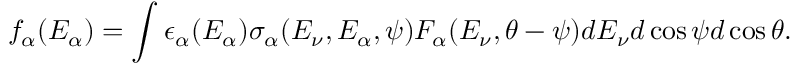
f _ { \alpha } ( E _ { \alpha } ) = \int \epsilon _ { \alpha } ( E _ { \alpha } ) \sigma _ { \alpha } ( E _ { \nu } , E _ { \alpha } , \psi ) F _ { \alpha } ( E _ { \nu } , \theta - \psi ) d E _ { \nu } d \cos \psi d \cos \theta .